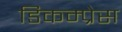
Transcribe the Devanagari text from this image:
डिकम्प्रेस